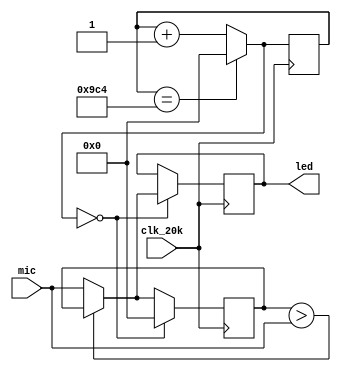
`timescale 1ns / 1ps
//////////////////////////////////////////////////////////////////////////////////
// Company: 
// Engineer: 
// 
// Design Name: 
// Module Name: volume_display
// Project Name: 
// Target Devices: 
// Tool Versions: 
// Description: 
// 
// Dependencies: 
// 
// Revision:
// Revision 0.01 - File Created
// Additional Comments:
// 
//////////////////////////////////////////////////////////////////////////////////


module volume_display(
    input [11:0] mic,
    input clk_20k,
    output reg [11:0] led
    );
    reg [11:0] max;
    reg [11:0] count;
    initial begin
        led = 0;
        max = 0;
        count = 0;
    end
    always @(posedge clk_20k) begin
        max = (max>mic)? max:mic;
        count = (count==2500)? 0:count+1;
        if (count==0) begin
            led = max;
            max=0;
        end
    end
endmodule